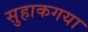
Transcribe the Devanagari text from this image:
सुहाकगया